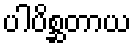
ပါပိစ္ဆတာယ